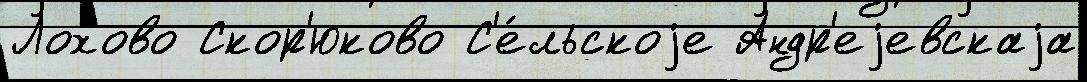
Лохово Скор'юково С'е́льскоjе Андр'еjевскаjа